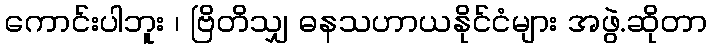
ကောင်းပါဘူး ၊ ဗြိတိသျှ ဓနသဟာယနိုင်ငံများ အဖွဲ.ဆိုတာ